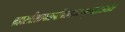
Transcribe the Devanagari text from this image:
ब्रह्मस्त्रीशापतापत्रितयकदनकृत्पादपाथोज